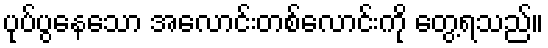
ပုပ်ပွနေသော အလောင်းတစ်လောင်းကို တွေ့ရသည်။